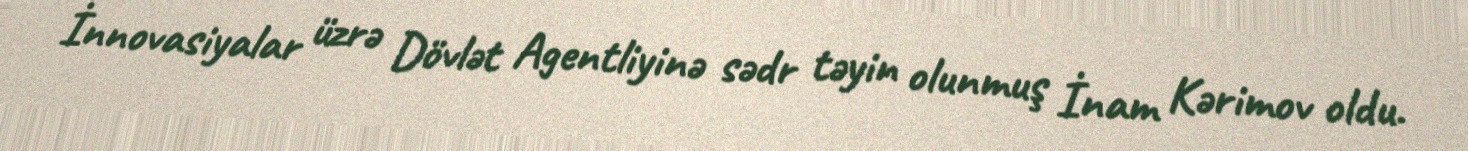
İnnovasiyalar üzrə Dövlət Agentliyinə sədr təyin olunmuş İnam Kərimov oldu.